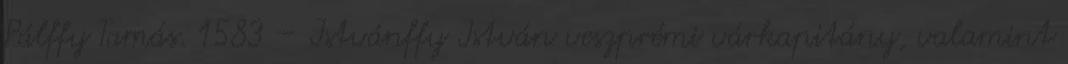
Pálffy Tamás. 1583 – Istvánffy István veszprémi várkapitány, valamint